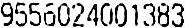
9556024001383